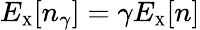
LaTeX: E_{\scriptscriptstyle\mathrm{X}}[n_{\gamma}]=\gamma E_{\scriptscriptstyle\mathrm{X}}[n]